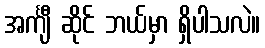
အင်္ကျီ ဆိုင် ဘယ်မှာ ရှိပါသလဲ။